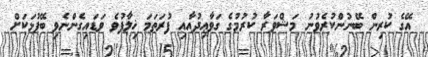
އޭގެ ކުރިން ބޭނުންކުރެވުނު މަޝްވަރާ ކުރުމުގެ ގަވާޢިދުއާއި ފުރަތަމަ ޚިލާފުވެ ވަޑައިގެންނެވި ބޭފުޅަކަށް